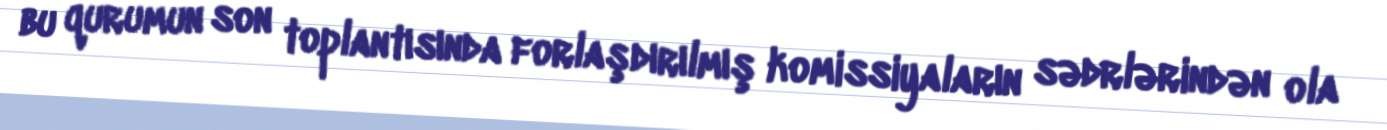
bu qurumun son toplantısında forlaşdırılmış komissiyaların sədrlərindən ola